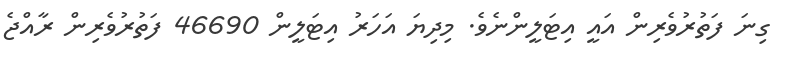
ގިނަ ފަތުރުވެރިން އައީ އިޓަލީންނެވެ. މިދިޔަ އަހަރު އިޓަލީން 46690 ފަތުރުވެރިން ރާއްޖެ